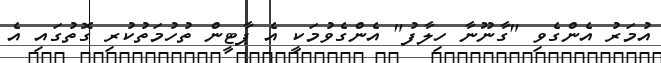
އުމަރު އެންގެވި "ގާނޫނާ ހިލާފު" އެންގެވުމަކީ އެ ޕާޓީން ތުހުމަތުކުރި ގޮތުގައި އެ